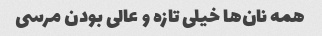
همه نان‌ها خیلی تازه و عالی بودن مرسی